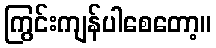
ကြွင်းကျန်ပါစေတော့။